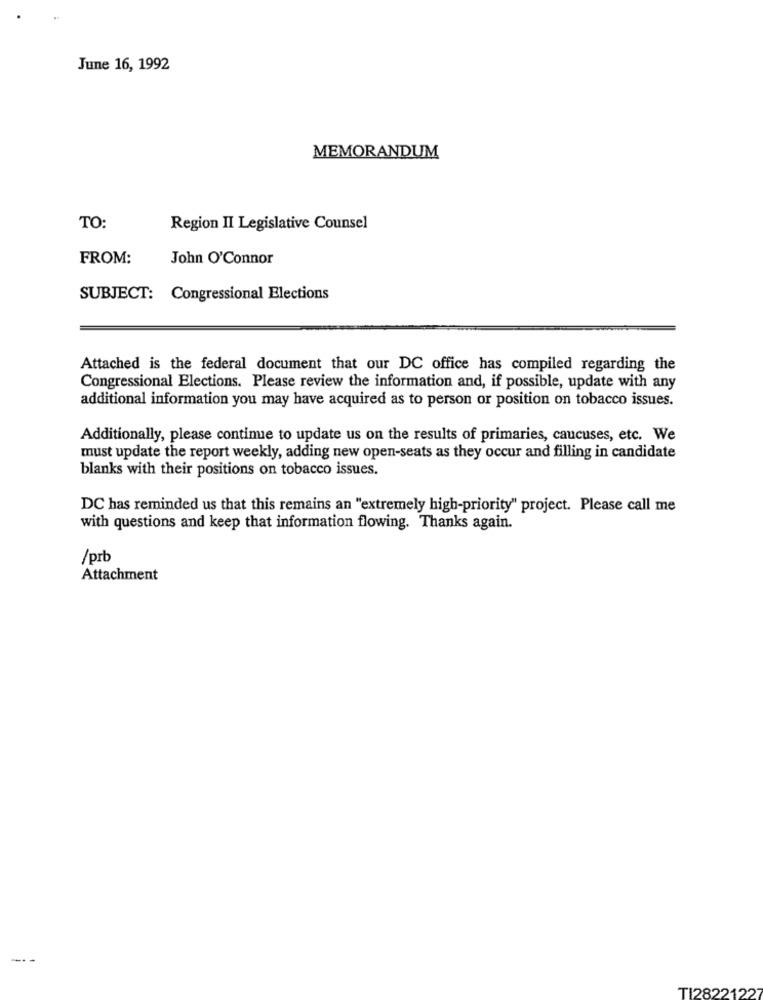
June 16, 1992
MEMORANDUM
TO:
Region II Legislative Counsel
FROM:
John O'Connor
SUBJECT: Congressional Elections
Attached is the federal document that our DC office has compiled regarding the
Congressional Elections. Please review the information and, if possible, update with any
additional information you may have acquired as to person or position on tobacco issues.
Additionally, please continue to update us on the results of primaries, caucuses, etc. We
must update the report weekly, adding new open-seats as they occur and filling in candidate
blanks with their positions on tobacco issues.
DC has reminded us that this remains an "extremely high-priority" project. Please call me
with questions and keep that information flowing. Thanks again.
/prb
Attachment
---
TI2822122